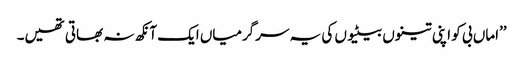
’’اماں بی کو اپنی تینوں بیٹیوں کی یہ سرگرمیاں ایک آنکھ نہ بھاتی تھیں۔